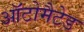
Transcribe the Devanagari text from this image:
ऑटोमैटेड